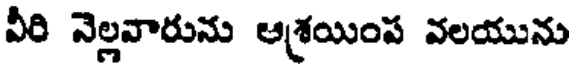
వీరి నెల్లవారును ఆశ్రయింప వలయును